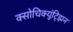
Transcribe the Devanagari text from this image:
क्सोचिक्युंट्झिन